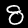
Digit: 8